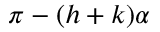
\pi - ( h + k ) \alpha